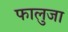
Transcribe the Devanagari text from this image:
फालुजा